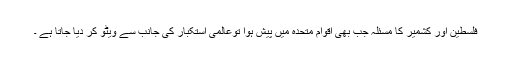
فلسطین اور کشمیر کا مسئلہ جب بھی اقوام متحدہ میں پیش ہوا توعالمی استکبار کی جانب سے ویٹو کر دیا جاتا ہے ۔